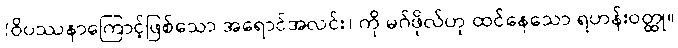
(ဝိပဿနာကြောင့်ဖြစ်သော အရောင်အလင်း) ကို မဂ်ဖိုလ်ဟု ထင်နေသော ရဟန်းဝတ္ထု။